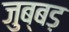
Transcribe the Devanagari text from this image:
जुब्बड़